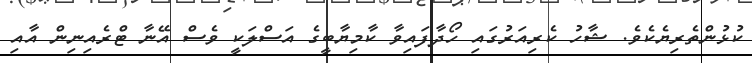
ކުޅުންތެރިޔެކެވެ. ޝާހު ކެރިއަރުގައި ހޯދާފައިވާ ކާމިޔާބީގެ އަސްލަކީ ވެސް އޭނާ ޓްރެއިނިން އާއި